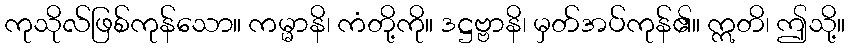
ကုသိုလ်ဖြစ်ကုန်သော။ ကမ္မာနိ၊ ကံတို့ကို။ ဒဋ္ဌဗ္ဗာနိ၊ မှတ်အပ်ကုန်၏။ ဣတိ၊ ဤသို့။